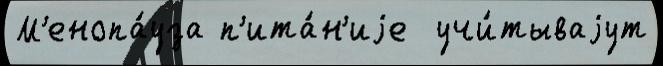
М'енопа́уза п'ита́н'иjе  учи́тываjут